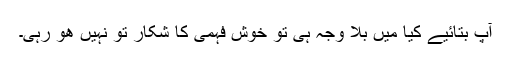
آپ بتائیے کیا میں بلا وجہ ہی تو خوش فہمی کا شکار تو نہیں ھو رہی۔